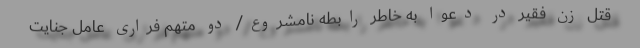
قتل زن فقیر در دعوا به ‌خاطر رابطه نامشروع/ دو متهم فراری عامل جنایت